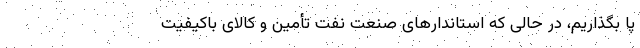
پا بگذاریم، در حالی که استاندارهای صنعت نفت تأمین و کالای باکیفیت